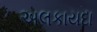
અલકાયદા